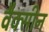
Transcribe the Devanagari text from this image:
वैक्‍सीन